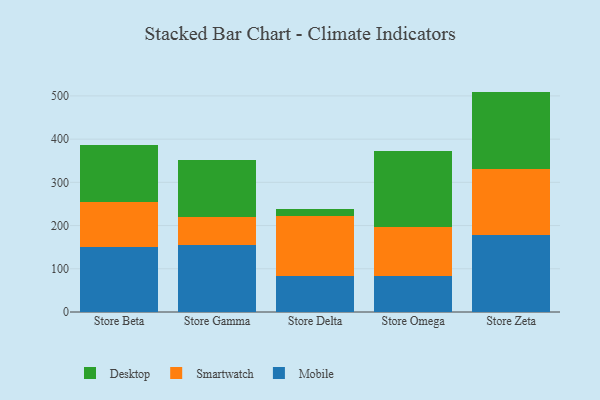
{"axis": {"x": "Store", "y": "Satisfaction Score"}, "legend": ["Desktop", "Mobile", "Smartwatch"], "data": [{"x": "Store Beta", "y": 151.1, "type": "Mobile"}, {"x": "Store Beta", "y": 102.6, "type": "Smartwatch"}, {"x": "Store Beta", "y": 131.9, "type": "Desktop"}, {"x": "Store Gamma", "y": 154.3, "type": "Mobile"}, {"x": "Store Gamma", "y": 65.3, "type": "Smartwatch"}, {"x": "Store Gamma", "y": 131.7, "type": "Desktop"}, {"x": "Store Delta", "y": 83.2, "type": "Mobile"}, {"x": "Store Delta", "y": 140.0, "type": "Smartwatch"}, {"x": "Store Delta", "y": 14.4, "type": "Desktop"}, {"x": "Store Omega", "y": 83.2, "type": "Mobile"}, {"x": "Store Omega", "y": 113.8, "type": "Smartwatch"}, {"x": "Store Omega", "y": 174.9, "type": "Desktop"}, {"x": "Store Zeta", "y": 178.8, "type": "Mobile"}, {"x": "Store Zeta", "y": 153.0, "type": "Smartwatch"}, {"x": "Store Zeta", "y": 178.2, "type": "Desktop"}]}